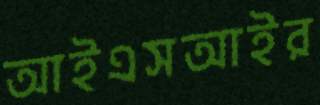
আইএসআইর